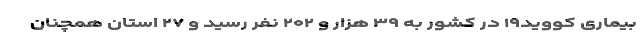
بیماری کووید۱۹ در کشور به ۳۹ هزار و ۲۰۲ نفر رسید و ۲۷ استان همچنان